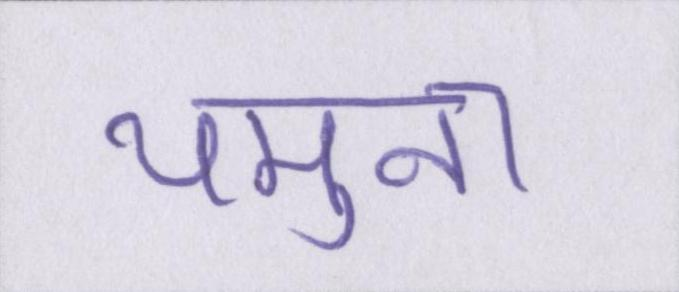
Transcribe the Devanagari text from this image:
यमुना